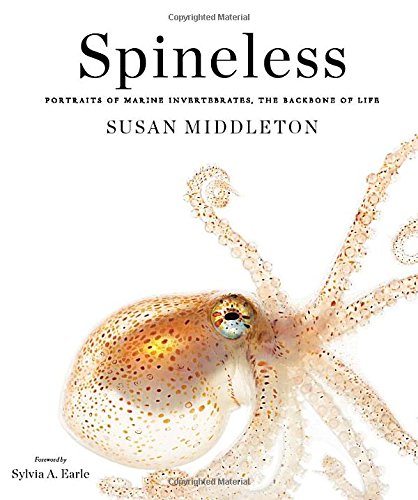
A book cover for Spineless; Susan Middleton; Arts & Photography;